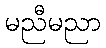
မညီမညာ